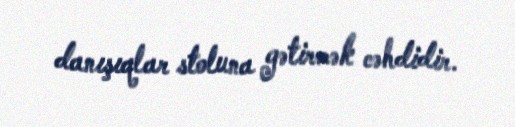
danışıqlar stoluna gətirmək cəhdidir.